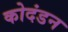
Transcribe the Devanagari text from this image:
कोदंडन